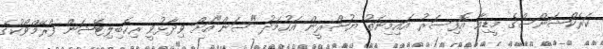
ކަރެކްޝަންސްގެ މީޑިއާ އޮފިސަރު އައިމިނަތު ޔުޝްރީން އަހުމަދު "ސަން"އަށް ވިދާޅުވީ ރިހެބިލިޓޭޝަން ފްރޭމްވޯކުގެ